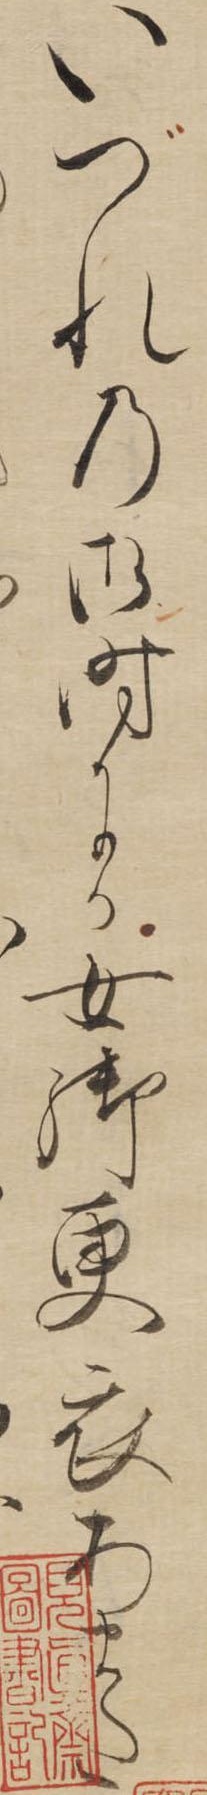
いづれの御時にか女御更衣あまた